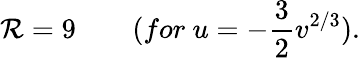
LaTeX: \mathcal{R}=9\qquad(for\ u=-\frac{{3}}{{2}}v^{2/3}).